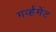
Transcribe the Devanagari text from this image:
गर्व्हमेंट